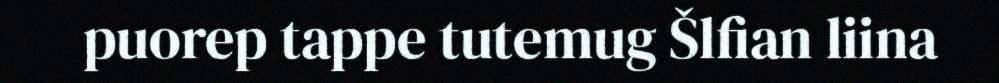
puorep tappe tutemug Šlfian liina